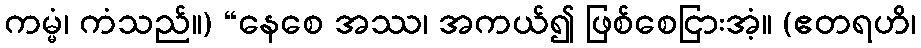
ကမ္မံ၊ ကံသည်။) “နေစေ အဿ၊ အကယ်၍ ဖြစ်စေငြားအံ့။ (ဧတရဟိ၊